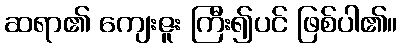
ဆရာ၏ ကျေးဇူး ကြီး၍ပင် ဖြစ်ပါ၏။